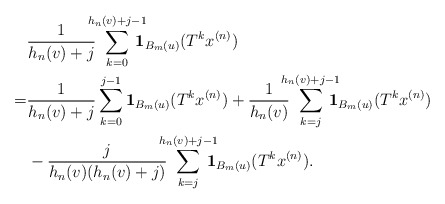
\begin{align*}&\frac{1}{h_n(v)+j}\!\!\!\!\sum_{k=0}^{h_n(v)+j-1}\!\!\!\!\!{\bf 1}_{B_m(u)}(T^{k}x^{(n)}) \\= & \frac{1}{h_n(v)+j}\sum_{k=0}^{j-1}{\bf 1}_{B_m(u)}(T^{k}x^{(n)}) + \frac{1}{h_n(v)}\!\!\!\!\sum_{k=j}^{h_n(v)+j-1}\!\!\!\!\!{\bf 1}_{B_m(u)}(T^{k}x^{(n)}) \\ &- \frac{j}{h_n(v)(h_n(v)+j)}\!\!\!\!\sum_{k=j}^{h_n(v)+j-1}\!\!\!\!\!{\bf 1}_{B_m(u)}(T^{k}x^{(n)}).\end{align*}